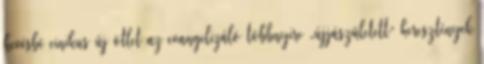
kevésbé cinikus új ötlet az evangelizáló többnyire „újjászületett” keresztények